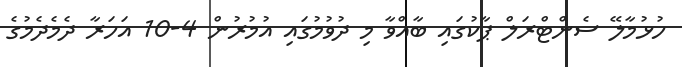
ހުޅުމާލޭ ސެންޓްރަލް ޕާކުގައި ބާއްވާ މި ދުވުމުގައި އުމުރުން 4-10 އަހަރާ ދެމެދެމުގެ